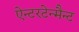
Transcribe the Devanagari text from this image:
ऐन्टरटेन्मैन्ट